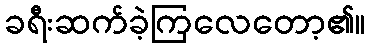
ခရီးဆက်ခဲ့ကြလေတော့၏။